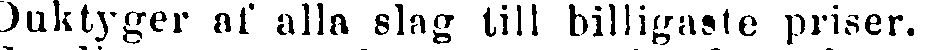
Duktyger af alla slag till billigaste priser.